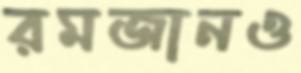
রমজানও